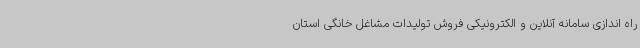
راه اندازی سامانه آنلاین و الکترونیکی فروش تولیدات مشاغل خانگی استان